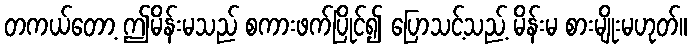
တကယ်တော့ ဤမိန်းမသည် စကားဖက်ပြိုင်၍ ပြောသင့်သည့် မိန်းမ စားမျိုးမဟုတ်။